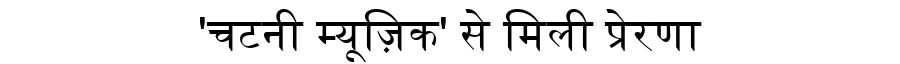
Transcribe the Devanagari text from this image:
'चटनी म्यूज़िक' से मिली प्रेरणा